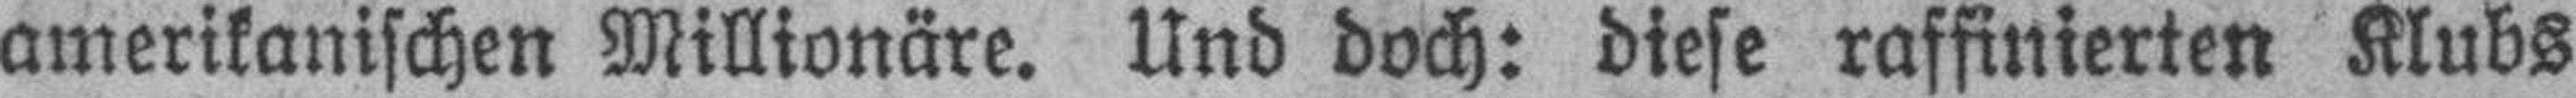
amerikanischen Millionäre. Und doch: diese raffinierten Klubs